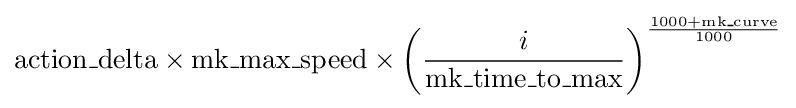
\mathrm {action\_delta} \times \mathrm {mk\_max\_speed} \times \left({\frac {i}{\mathrm {mk\_time\_to\_max} }}\right)^{\frac {1000+\mathrm {mk\_curve} }{1000}}